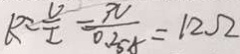
R = \frac { U } { I } = \frac { 3 V } { 0 . 2 5 A } = 1 2 \Omega